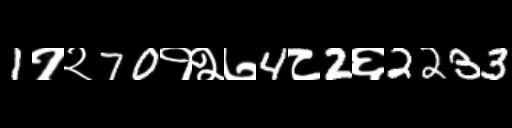
Text: 1१२70१२७4८2६2233